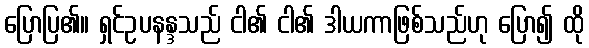
ပြောပြ၏။ ရှင်ဥပနန္ဒသည် ငါ၏ ငါ၏ ဒါယကာဖြစ်သည်ဟု ပြော၍ ထို